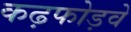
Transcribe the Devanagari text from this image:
कढ़फोड़वे